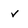
Character: v